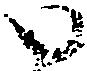
い